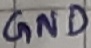
Text: GND